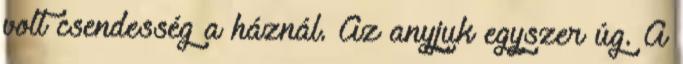
volt csendesség a háznál. Az anyjuk egyszer úg. A